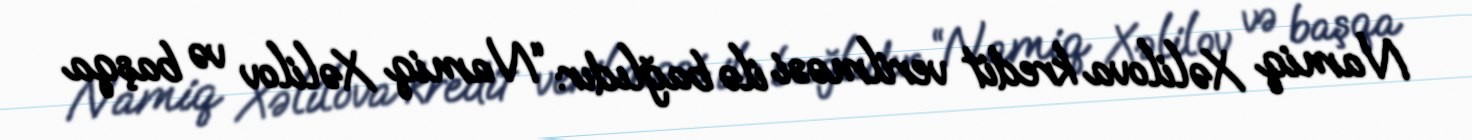
Namiq Xəlilova kredit verilməsi ilə bağlıdır: “Namiq Xəlilov və başqa